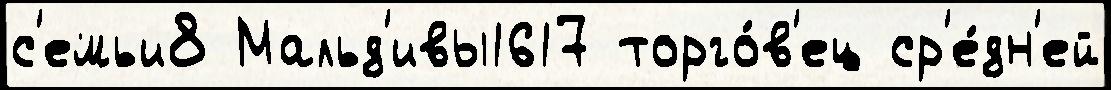
с'емьи8 Мальд'ивы1617 торго́в'ец ср'е́дн'ей